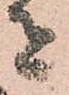
者